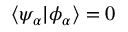
\langle \psi _ { \alpha } \vert \phi _ { \alpha } \rangle = 0